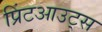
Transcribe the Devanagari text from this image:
प्रिंटआउट्स